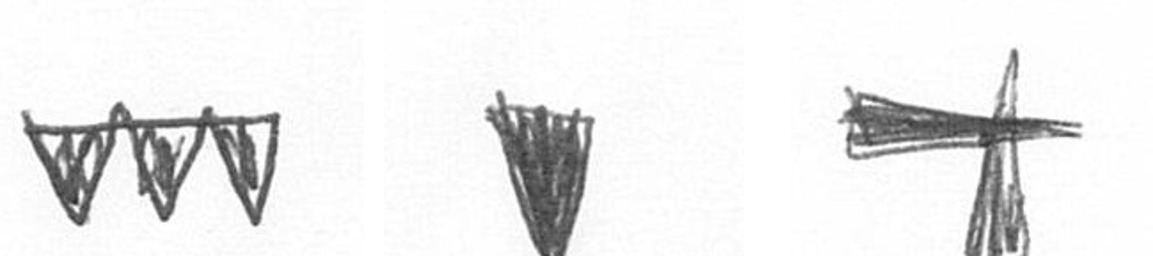
L J G